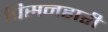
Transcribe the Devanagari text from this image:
पिसनहारी